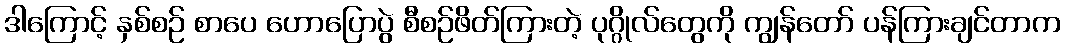
ဒါကြောင့် နှစ်စဉ် စာပေ ဟောပြောပွဲ စီစဉ်ဖိတ်ကြားတဲ့ ပုဂ္ဂိုလ်တွေကို ကျွန်တော် ပန်ကြားချင်တာက